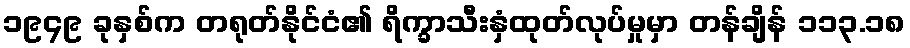
၁၉၄၉ ခုနှစ်က တရုတ်နိုင်ငံ၏ ရိက္ခာသီးနှံထုတ်လုပ်မှုမှာ တန်ချိန် ၁၁၃.၁၈